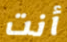
أنت